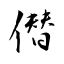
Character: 僣